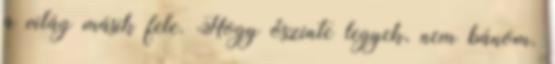
a világ másik fele. Hogy őszinte legyek, nem bánom.